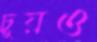
চুয়ও